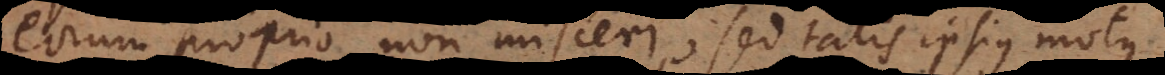
eorum proprio non misceri, sed talis [ipsis] motus